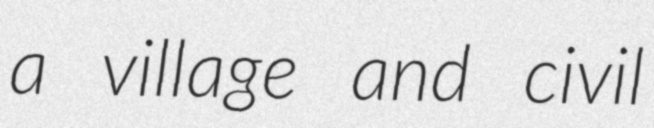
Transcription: a village and civil